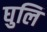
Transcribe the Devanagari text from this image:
घुलि